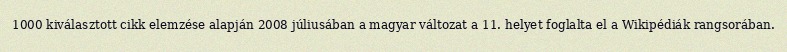
1000 kiválasztott cikk elemzése alapján 2008 júliusában a magyar változat a 11. helyet foglalta el a Wikipédiák rangsorában.